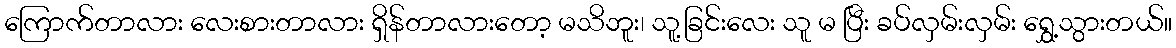
ကြောက်တာလား လေးစားတာလား ရှိန်တာလားတော့ မသိဘူး၊ သူ့ခြင်းလေး သူ မ ပြီး ခပ်လှမ်းလှမ်း ရွှေ့သွားတယ်။